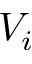
V _ { i }